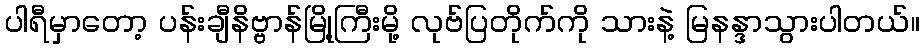
ပါရီမှာတော့ ပန်းချီနိဗ္ဗာန်မြို့ကြီးမို့ လုဗ်ပြတိုက်ကို သားနဲ့ မြနန္ဒာသွားပါတယ်။